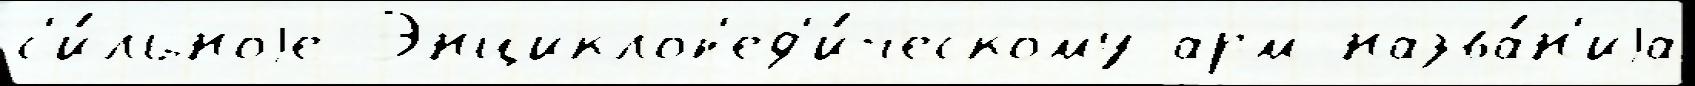
с'и́льноjе Энциклоп'ед'и́ческому арм назва́н'иjа